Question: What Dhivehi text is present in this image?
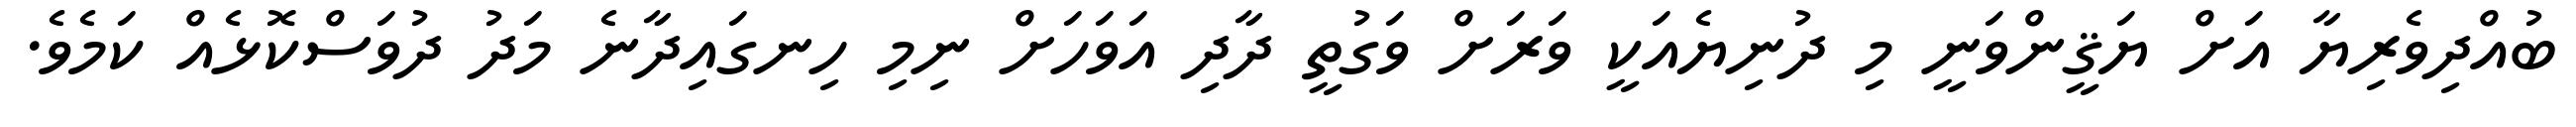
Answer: ބުއްދިވެރިޔާ އަށް ޔަޤީންވަނީ މި ދުނިޔެއަކީ ވަރަށް ވަގުތީ ދާދި އަވަހަށް ނިމި ހިނގައިދާނެ މަދު ދުވަސްކޮޅެއް ކަމެވެ.